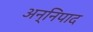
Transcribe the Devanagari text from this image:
अन्निपाद